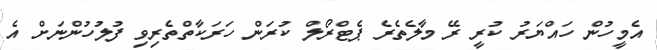
އެމީހުން ހައްޔަރު ކުރީ ރޭ މާލެތެރެ ޕެޓްރޯލް ކުރަން ހަރަކާތްތެރިވި ފުލުހުންނަށް އެ